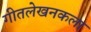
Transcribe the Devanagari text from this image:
गीतलेखनकला